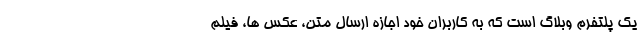
یک پلتفرم وبلاگ است که به کاربران خود اجازه ارسال متن، عکس ها، فیلم